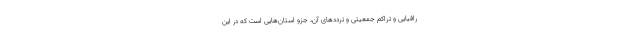
رافیایی و تراکم جمعیتی و ترددهای آن، جزو استان‌هایی است که در این